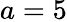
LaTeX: a=5